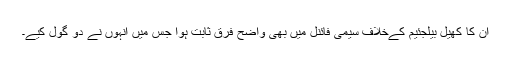
ان کا کھیل بیلجئیم کےخلاف سیمی فائنل میں بھی واضح فرق ثابت ہوا جس میں انہوں نے دو گول کیے۔